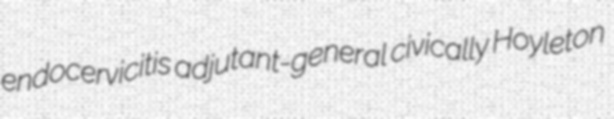
endocervicitis adjutant-general civically Hoyleton